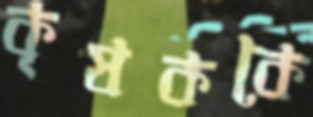
কৃষককে